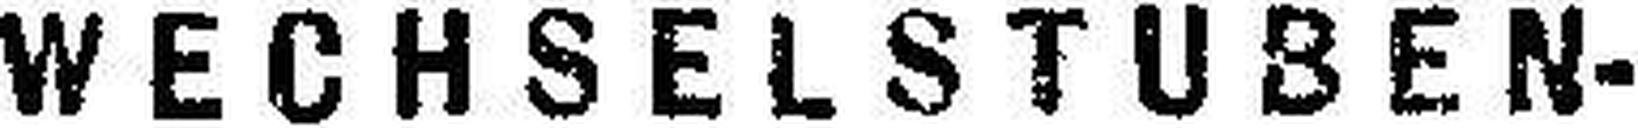
WECHSELSTUBEN-